Civil Veterinary Department. Central Provinces & Berar 1925-31 - 1925-1931
Year: 1925
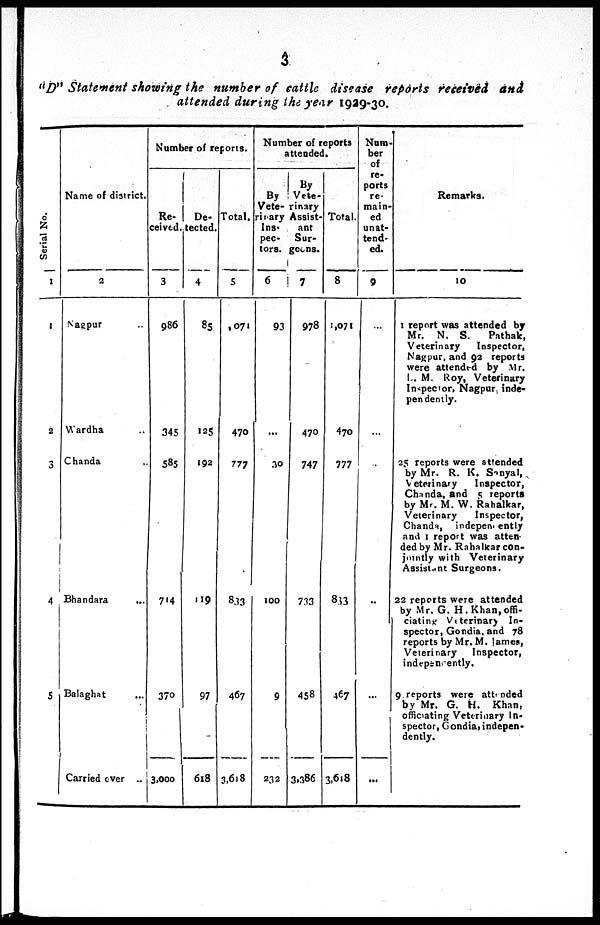
3
"D" Statement showing the number of cattle disease reports received and
attended during the year 1929-30.
Serial No.
1
1
2
3
4
5
Name of district.
2
Nagpur ...
Wardha ...
Chanda ...
Bhandara
...
Balaghat ...
Carried ever ..
Number of reports.
Re-
ceived.
3
986
345
585
714
370
3,000
De-
tected.
4
85
125
192
119
97
618
Total.
5
1,071
470
777
833
467
3,618
Number of reports
attended.
By
Vete-
rinary
Ins-
pec-
tors.
6
93
...
30
100
9
232
By
Vete-
rinary
Assist-
ant
Sur-
geons.
7
978
470
747
733
458
3,386
Total.
8
1,071
470
777
833
467
3,618
Nnm-
ber
of
re-
ports
re-
main-
ed
unat-
tend-
ed.
9
...
...
...
...
...
...
Remarks.
10
1 report was attended by
Mr. N. S.
Pathak,
Veterinary
Inspector,
Nagpur, and 92 reports
were attended by Mr.
L. M. Roy, Veterinary
Inspector, Nagpur, inde-
pendently.
25 reports were attended
by Mr. R. K. Sonyal,
Veterinary
Inspector,
Chanda, and 5 reports
by Mr. M. W. Rahalkar,
Veterinary
Inspector,
Chanda, indepenpently
and 1 report was atten-
ded by Mr. Rahalkar con-
jointly with Veterinary
Assistant Surgeons.
22 reports were attended
by Mr. G. H. Khan, offi-
ciating Veterinary In-
spector, Gondia, and 78
reports by Mr. M. lames,
Veterinary
Inspector,
independently.
9 reports were attended
by Mr. G. H. Khan,
officiating Veterinary In-
spector, Gondia, indepen-
dently.